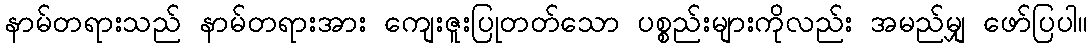
နာမ်တရားသည် နာမ်တရားအား ကျေးဇူးပြုတတ်သော ပစ္စည်းများကိုလည်း အမည်မျှ ဖော်ပြပါ။